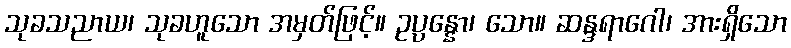
သုခသညာယ၊ သုခဟူသော အမှတ်ဖြင့်။ ဥပ္ပန္နော၊ သော။ ဆန္ဒရာဂေါ၊ အားရှိသော